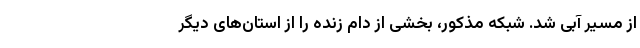
از مسیر آبی شد. شبکه مذکور، بخشی از دام زنده را از استان‌های دیگر